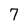
Character: 7